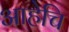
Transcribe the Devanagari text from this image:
आहेचि